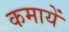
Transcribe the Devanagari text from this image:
कमायें